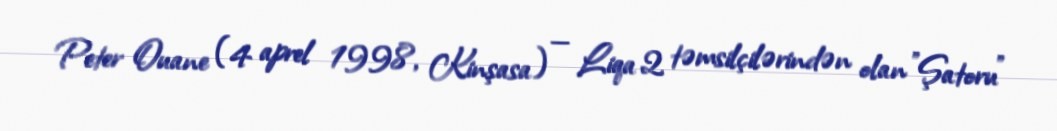
Peter Ouane (4 aprel 1998, Kinşasa) — Liqa 2 təmsilçilərindən olan "Şatoru"